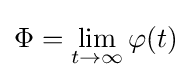
\Phi =\lim _{t\rightarrow \infty }\varphi (t)